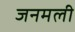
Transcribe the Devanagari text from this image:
जनमली